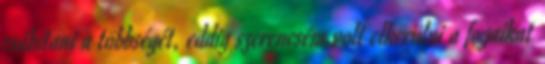
csábítani a többségét, eddig szerencsém volt elkerülni a fogaikat